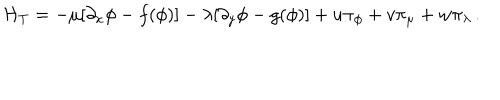
LaTeX: { \cal H } _ { T } = - \mu [ \partial _ { x } \phi - f ( \phi ) ] - \lambda [ \partial _ { y } \phi - g ( \phi ) ] + u \pi _ { \phi } + v \pi _ { \mu } + w \pi _ { \lambda } \, .